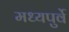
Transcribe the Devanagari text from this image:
मध्यपुर्वे